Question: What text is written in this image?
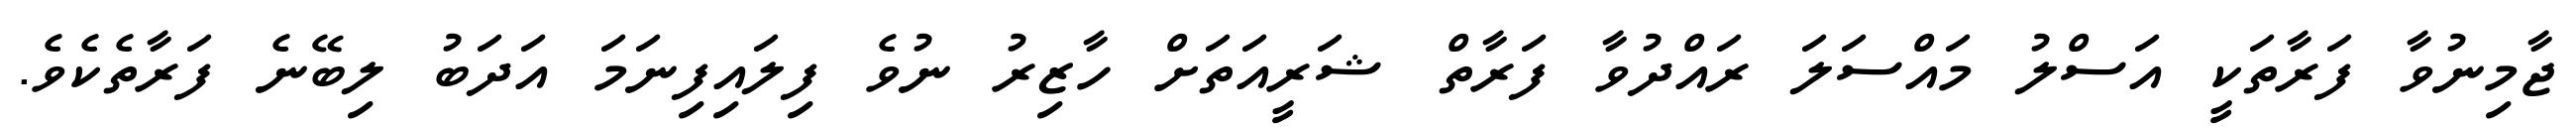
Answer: ޖާމިނުވާ ފަރާތަކީ އަސްލު މައްސަލަ ރައްދުވާ ފަރާތް ޝަރީއަތަށް ހާޒިރު ނުވެ ފިލައިފިނަމަ އަދަބު ލިބޭނެ ފަރާތެކެވެ.